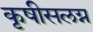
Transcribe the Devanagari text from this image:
कृषीसलग्न